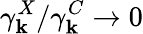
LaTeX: \gamma_{\mathbf k}^{X}/\gamma_{\mathbf k}^{C}\rightarrow 0